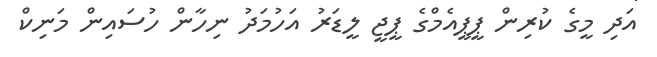
އަދި މީގެ ކުރިން ޕީޕީއެމްގެ ޕީޖީ ލީޑަރު އަހުމަދު ނިހާން ހުސައިން މަނިކް